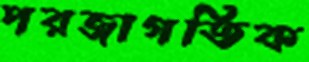
পরজাগতিক